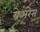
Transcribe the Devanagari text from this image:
येअरेस